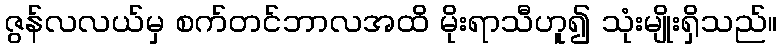
ဇွန်လလယ်မှ စက်တင်ဘာလအထိ မိုးရာသီဟူ၍ သုံးမျိုးရှိသည်။